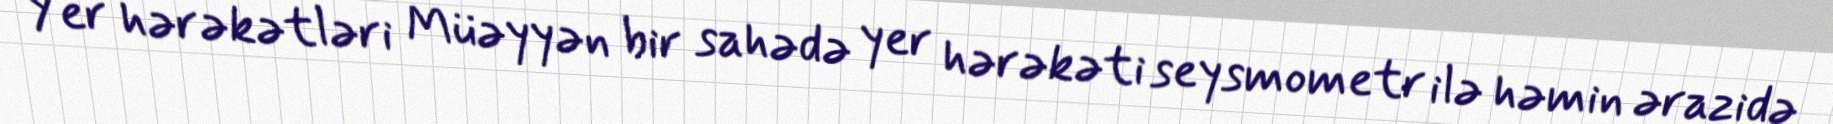
Yer hərəkətləri Müəyyən bir sahədə yer hərəkəti seysmometr ilə həmin ərazidə